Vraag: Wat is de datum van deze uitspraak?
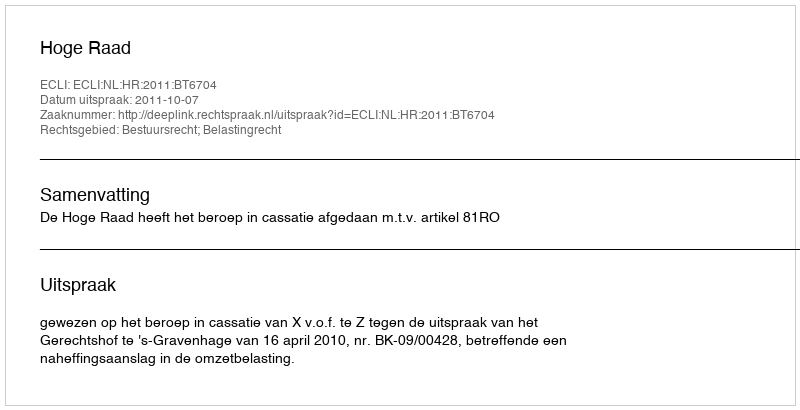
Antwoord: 2011-10-07